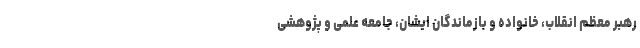
رهبر معظم انقلاب، خانواده و بازماندگان ایشان، جامعه علمی و پژوهشی